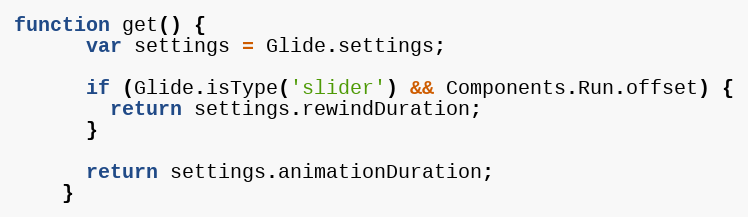
Language: JavaScript
function get() {
      var settings = Glide.settings;

      if (Glide.isType('slider') && Components.Run.offset) {
        return settings.rewindDuration;
      }

      return settings.animationDuration;
    }